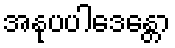
အနုပပါဒေန္တော